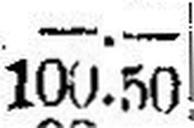
100.50